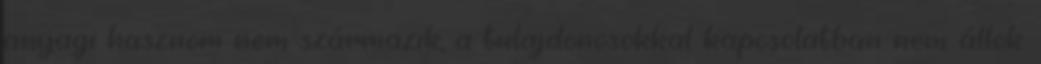
anyagi hasznom nem származik, a tulajdonosokkal kapcsolatban nem állok.